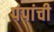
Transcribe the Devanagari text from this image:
पंपांची